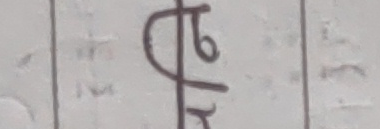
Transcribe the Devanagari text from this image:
पृठर